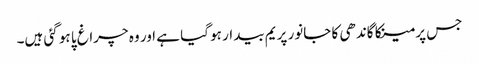
جس پر مینکا گاندھی کا جانور پریم بیدار ہو گیا ہے اور وہ چراغ پا ہو گئی ہیں۔